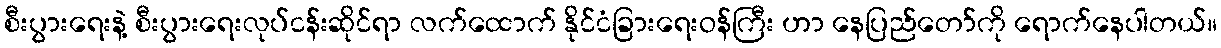
စီးပွားရေးနဲ့ စီးပွားရေးလုပ်ငန်းဆိုင်ရာ လက်ထောက် နိုင်ငံခြားရေးဝန်ကြီး ဟာ နေပြည်တော်ကို ရောက်နေပါတယ်။